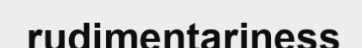
rudimentariness